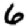
Digit: 6